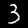
Digit: 3